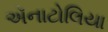
ઍનાટોલિયા